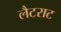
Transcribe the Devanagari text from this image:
लैटराट